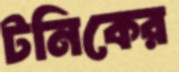
টনিকের